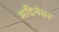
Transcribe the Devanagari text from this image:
मदिनेवर